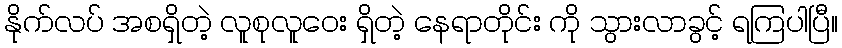
နိုက်လပ် အစရှိတဲ့ လူစုလူဝေး ရှိတဲ့ နေရာတိုင်း ကို သွားလာခွင့် ရကြပါပြီ။